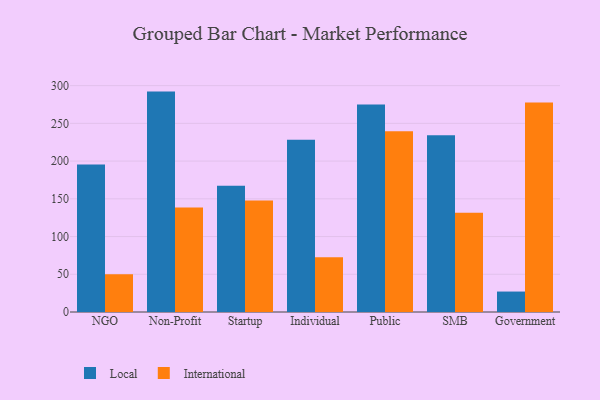
{"axis": {"x": "Segment", "y": "Bounce Rate (%)"}, "legend": ["International", "Local"], "data": [{"x": "NGO", "y": 195.6, "type": "Local"}, {"x": "NGO", "y": 50.1, "type": "International"}, {"x": "Non-Profit", "y": 292.1, "type": "Local"}, {"x": "Non-Profit", "y": 138.6, "type": "International"}, {"x": "Startup", "y": 167.4, "type": "Local"}, {"x": "Startup", "y": 147.8, "type": "International"}, {"x": "Individual", "y": 228.4, "type": "Local"}, {"x": "Individual", "y": 72.4, "type": "International"}, {"x": "Public", "y": 275.0, "type": "Local"}, {"x": "Public", "y": 239.7, "type": "International"}, {"x": "SMB", "y": 234.2, "type": "Local"}, {"x": "SMB", "y": 131.6, "type": "International"}, {"x": "Government", "y": 27.1, "type": "Local"}, {"x": "Government", "y": 277.6, "type": "International"}]}